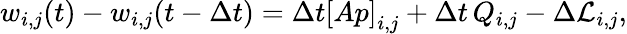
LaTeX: w_{i,j}(t)-w_{i,j}(t-\Delta t)=\Delta t\left[Ap\right]_{i,j}+\Delta t\, Q_{i,j}-\Delta\mathcal{L}_{i,j},